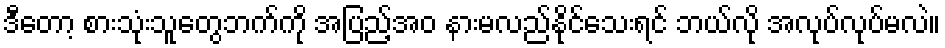
ဒီတော့ စားသုံးသူတွေဘက်ကို အပြည့်အဝ နားမလည်နိုင်သေးရင် ဘယ်လို အလုပ်လုပ်မလဲ။